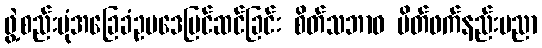
ဖွဲ့စည်းပုံအခြေခံဥပဒေပြင်ဆင်ခြင်း စိတ်သဘာဝ မိတ်ဖက်နည်းပညာ